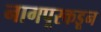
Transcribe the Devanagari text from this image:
नागपूरकडून